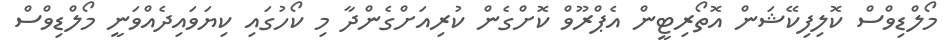
މޯލްޑިވްސް ކޮލިފިކޭޝަން އޮތޯރިޓީން އެޕްރޫވް ކޮށްގެން ކުރިއަށްގެންދާ މި ކޯހުގައި ކިޔަވައިދެއްވަނީ މޯލްޑިވްސް